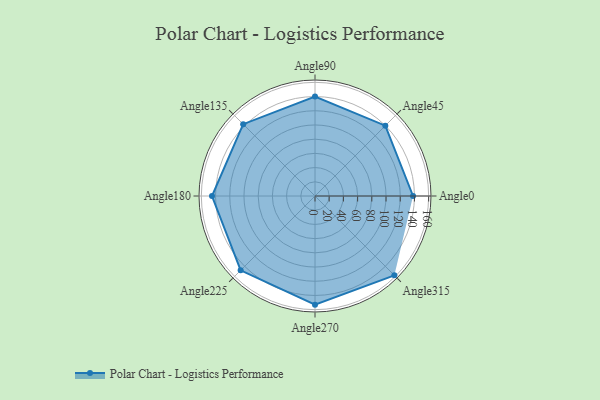
{"axis": {"x": "Angle", "y": "Radius"}, "legend": [""], "data": [{"x": "Angle0", "y": 138.0, "type": ""}, {"x": "Angle45", "y": 140.0, "type": ""}, {"x": "Angle90", "y": 140.0, "type": ""}, {"x": "Angle135", "y": 143.0, "type": ""}, {"x": "Angle180", "y": 145.0, "type": ""}, {"x": "Angle225", "y": 148.0, "type": ""}, {"x": "Angle270", "y": 153.0, "type": ""}, {"x": "Angle315", "y": 158.0, "type": ""}]}